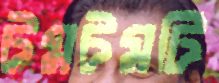
টমটমটি